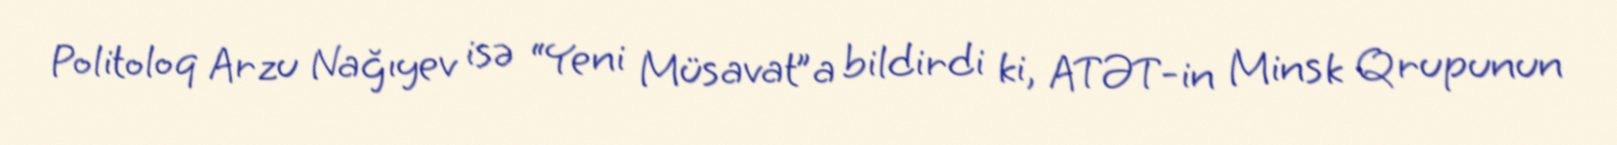
Politoloq Arzu Nağıyev isə “Yeni Müsavat”a bildirdi ki, ATƏT-in Minsk Qrupunun